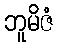
ဘူမိဇံ